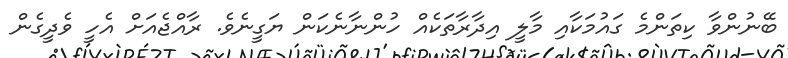
ބޭނުންވާ ކިތަންމެ ގައުމަކާއި މާލީ އިދާރާތަކެއް ހުންނާނެކަން ޔަގީނެވެ. ރާއްޖެއަށް އެހީ ވެދީގެން